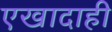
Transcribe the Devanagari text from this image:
एखादाही